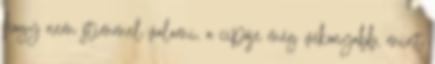
hogy nem stimmel valami, a cipője még vékonyabb, mint